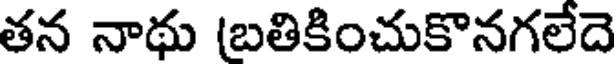
తన నాథు (బతికించుకొనగలేదె